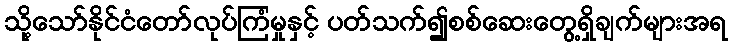
သို့သော်နိုင်ငံတော်လုပ်ကြံမှုနှင့် ပတ်သက်၍စစ်ဆေးတွေ့ရှိချက်များအရ